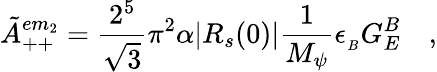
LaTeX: \tilde{A}_{++}^{em_{2}}=\frac{2^{5}}{\sqrt{3}}\pi^{2}\alpha|R_{s}(0)|\frac{1}{M_{\psi}}\epsilon_{_B}G_{E}^{B}\quad,